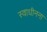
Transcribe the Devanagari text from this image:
स्वाधीनना